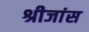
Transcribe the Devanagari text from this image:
श्रीजांस